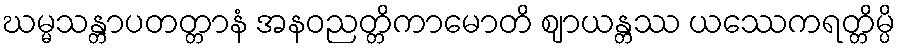
ဃမ္မသန္တာပတတ္တာနံ အနဝညတ္တိကာမောတိ ဈာယန္တဿ ယဿေကရတ္တိမ္ပိ